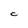
Character: c